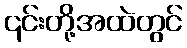
၎င်းတို့အထဲတွင်